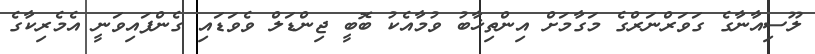
ލޫސިއާނާގެ ގަވަރްނަރްގެ މަގާމަށް އިންތިޚާބު ވުމާއެކު ބޮބީ ޖިންޑަލް ވެވަޑައި ގެންފައިވަނީ އެމެރިކާގެ